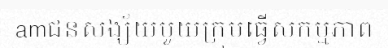
amជនសង្ស័យមួយក្រុមធ្វើសកម្មភាព